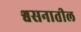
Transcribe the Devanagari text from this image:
श्वसनातील